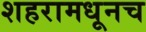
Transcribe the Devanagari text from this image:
शहरामधूनच